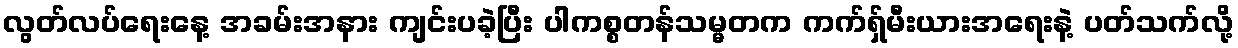
လွတ်လပ်ရေးနေ့ အခမ်းအနား ကျင်းပခဲ့ပြီး ပါကစ္စတန်သမ္မတက ကက်ရှ်မီးယားအရေးနဲ့ ပတ်သက်လို့